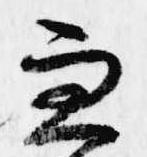
兼